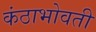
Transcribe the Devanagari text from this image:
कंठाभोवती